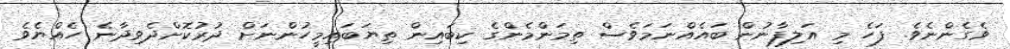
ވެގެންނެވެ. ފަހެ މި އަލިފާނުން ބައެއްނަމަވެސް ތިމަންމެންގެ ކިބައިން ތިޔަބައިމީހުންނަށް ދުރުކޮށްދެވިދާނެ ހެއްޔެވެ